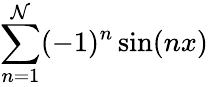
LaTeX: \sum\limits_{n=1}^{\mathcal{N}}(-1)^{n}\sin(nx)